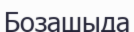
Бозашыда